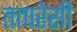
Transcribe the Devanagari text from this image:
तत्परेसी